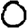
Digit: 0